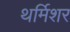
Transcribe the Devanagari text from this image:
थर्मिशर